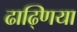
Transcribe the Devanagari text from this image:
ढाढ्णिया